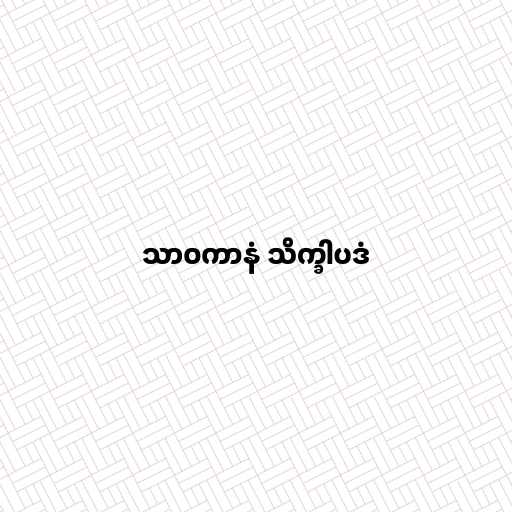
သာဝကာနံ သိက္ခါပဒံ